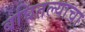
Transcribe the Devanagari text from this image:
बघितल्याचा